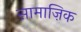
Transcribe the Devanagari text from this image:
सामाज़िक